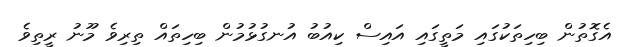
އެގޮތުން ބިހިތަކުގައި މަތީގައި އައިސް ކިއުބު އުނގުޅުމުން ބިހިތައް ތިރިވެ މޫނު ރީތިވެ